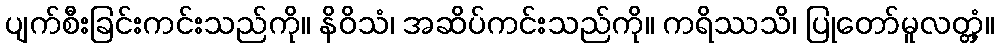
ပျက်စီးခြင်းကင်းသည်ကို။ နိဝိသံ၊ အဆိပ်ကင်းသည်ကို။ ကရိဿသိ၊ ပြုတော်မူလတ္တံ့။